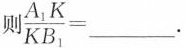
则$$\frac{A_{1}K}{KB_{1}}=___$$.